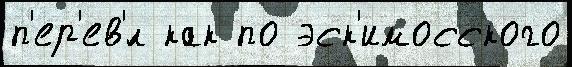
п'ер'ев'́л как по эск'имосского